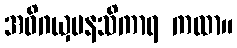
အဓိဂယှမနသိကာရ ကထာ။